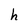
Character: h